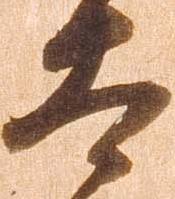
太